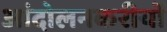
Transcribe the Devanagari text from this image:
आंदोलनकरीयों